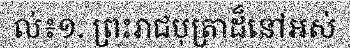
ល់៖១. ព្រះរាជបុត្រាដ៏នៅអស់